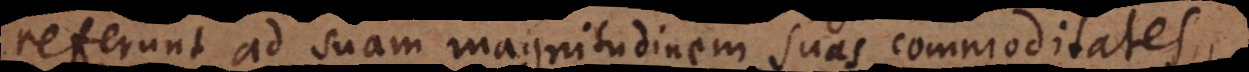
referunt ad suam magnitudinem, suas commoditates,